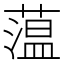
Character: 蕰